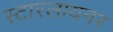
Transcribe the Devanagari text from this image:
स्टारलायनर